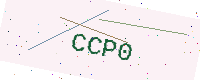
Text: CCP0